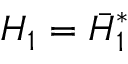
{ \cal H } _ { 1 } = \bar { \cal H } _ { 1 } ^ { * }